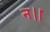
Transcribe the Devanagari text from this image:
न।।